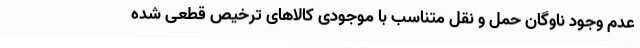
عدم وجود ناوگان حمل و نقل متناسب با موجودی کالاهای ترخیص قطعی شده